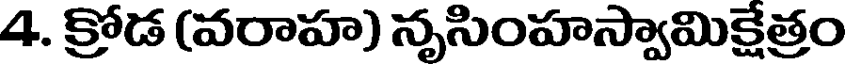
4. క్రోడ (వరాహ) నృసింహస్వామిక్షేత్రం